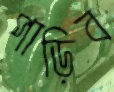
পাড়িব